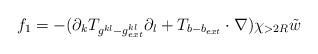
LaTeX: \begin{align*}f_1 = - ( \partial_k T_{g^{kl} - g_{ext}^{kl}} \partial_l + T_{b- b_{ext}} \cdot\nabla) \chi_{>2R} \tilde w \end{align*}